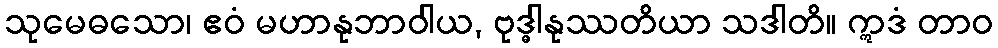
သုမေဓသော၊ ဧဝံ မဟာနုဘာဝါယ, ဗုဒ္ဓါနုဿတိယာ သဒါတိ။ ဣဒံ တာဝ